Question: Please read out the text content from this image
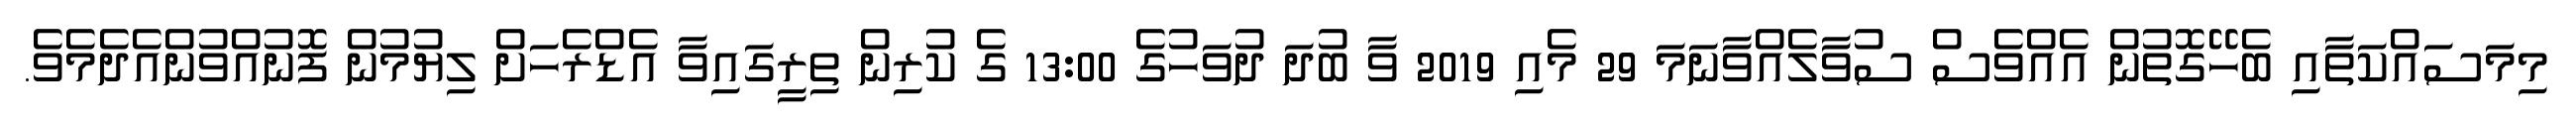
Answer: މިމަސައްކަތާއި ބެހޭގޮތުން އެއްވެސް ސުވާލެއްވާނަމަ 29 މެއި 2019 ވާ ބުދަ ދުވަހުގެ 13:00 ގެ ކުރިން ތިރީގައިވާ އެޑްރެހަށް ލިޔުމުން ފޮނުއްވުންއެދެމެވެ.